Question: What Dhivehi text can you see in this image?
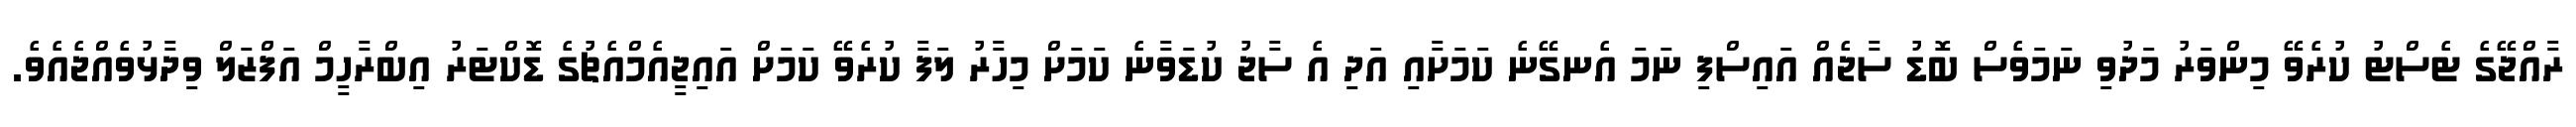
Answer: ރާއްޖޭގެ ޓެސްޓު ކުރެވޭ މިންވަރު މަދުވި ނަމަވެސް ބޮޑު ސާޖެއް އައިސްފި ނަމަ އެނގޭނެ ކަމަށާއި އަދި އެ ސާޖު ކުޑަވާނެ ކަމަށް މިހާރު ލަފާ ކުރެވޭ ކަމަށް އައިޖީއެމްއެޗުގެ ޑޮކްޓަރު އިބްރާހީމް އަފްޒަލް ވިދާޅުވެއްޖެއެވެ.